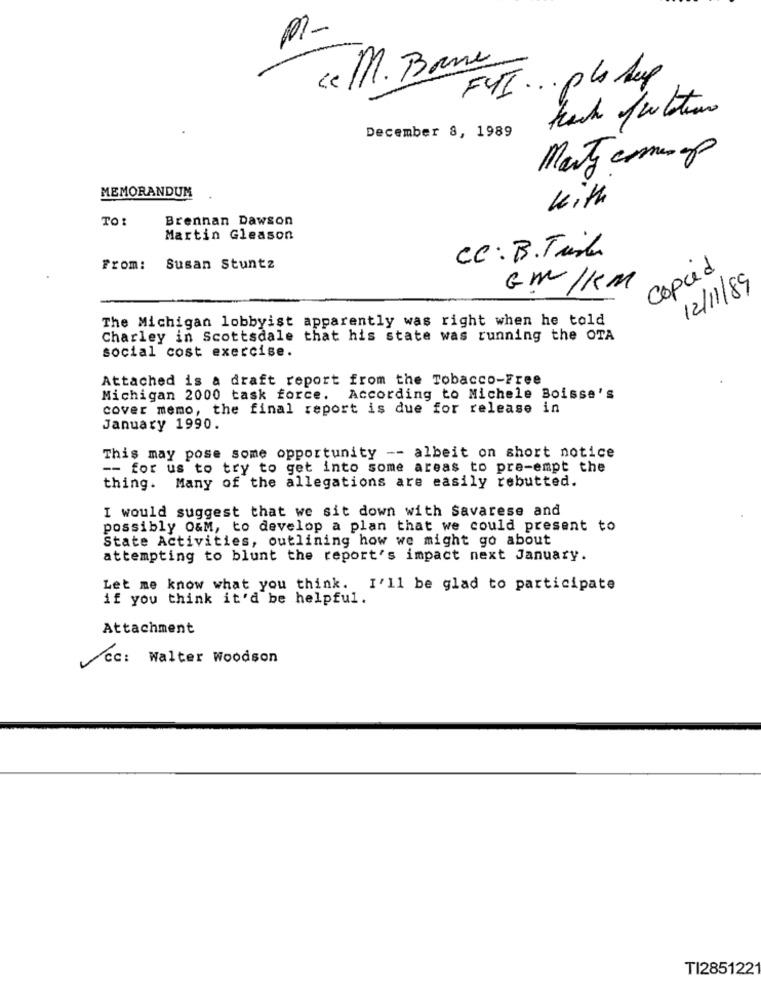
ce M. Bare
FYI ... pls dup
December 8, 1989
Marty comanap
MEMORANDUM
with
TO:
Brennan Dawson
Martin Gleason
CC: B. Tudo
From:
Susan Stuntz
copcid
GM /KM
12/11/89
The Michigan lobbyist apparently was right when he told
Charley in Scottsdale that his state was running the OTA
social cost exercise.
Attached is a draft report from the Tobacco-Free
Michigan 2000 task force. According to Michele Boisse's
cover memo, the final report is due for release in
January 1990.
This may pose some opportunity -- albeit on short notice
-- for us to try to get into some areas to pre-empt the
thing. Many of the allegations are easily rebutted.
I would suggest that we sit down with Savarese and
possibly O&M, to develop a plan that we could present to
State Activities, outlining how we might go about
attempting to blunt the report's impact next January.
Let me know what you think. I'll be glad to participate
if you think it'd be helpful.
Attachment
cc: Walter Woodson
TI285122